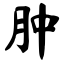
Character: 肿